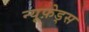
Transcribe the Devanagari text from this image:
न्यूफ़ेड्स